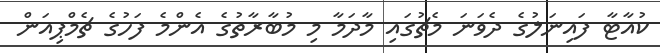
ކުއާޓާ ފައިނަލުގެ ދެވަނަ މެޗުގައި މާދަމާ މި މުބާރާތުގެ އެންމެ ފަހުގެ ޗެމްޕިއަން